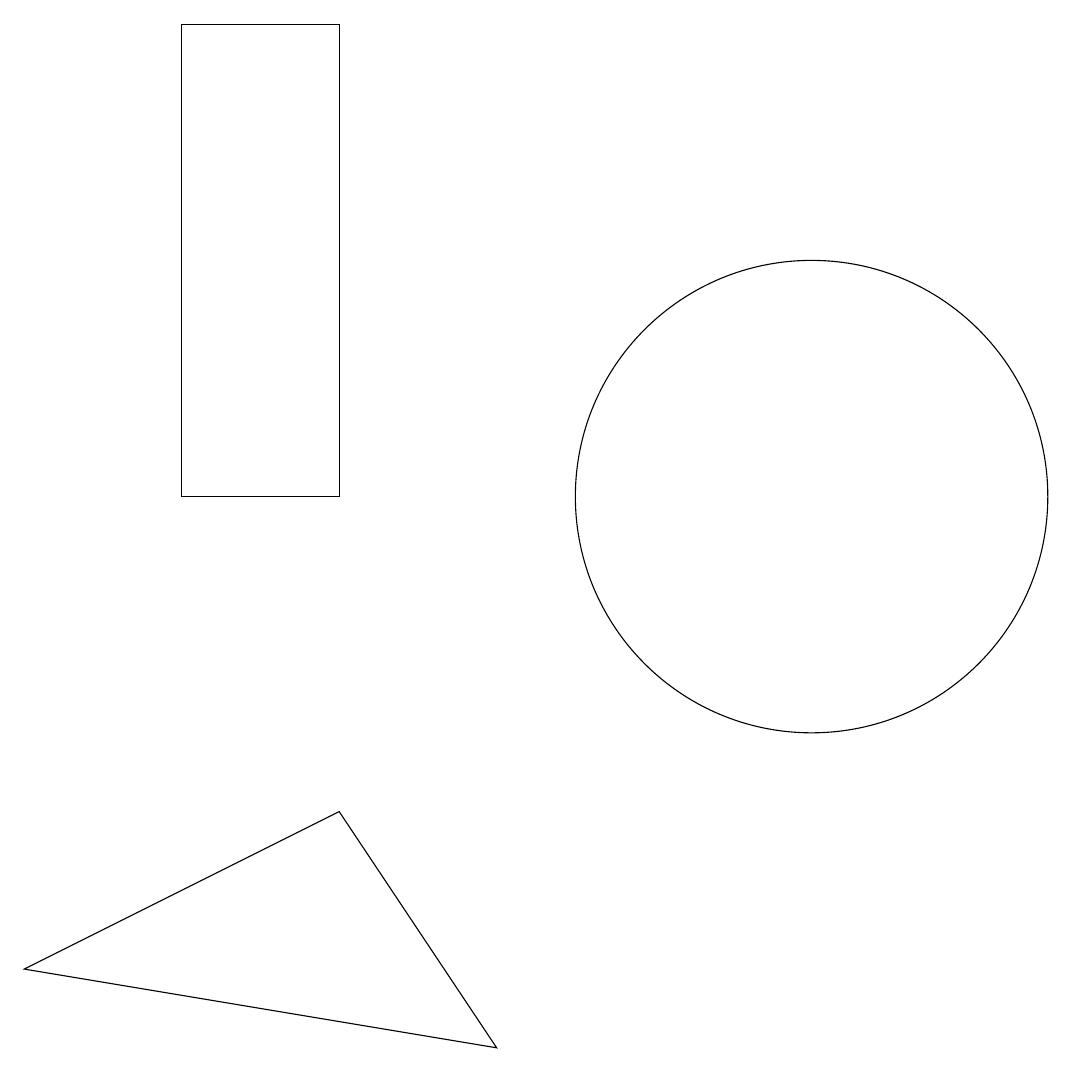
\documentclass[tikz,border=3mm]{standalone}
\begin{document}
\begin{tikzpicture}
\draw (2,17) rectangle (4,11);
\draw (10,11) circle (3);
\draw (0,5) -- (4,7) -- (6,4) -- cycle;
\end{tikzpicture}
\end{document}